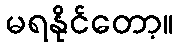
မရနိုင်တော့။